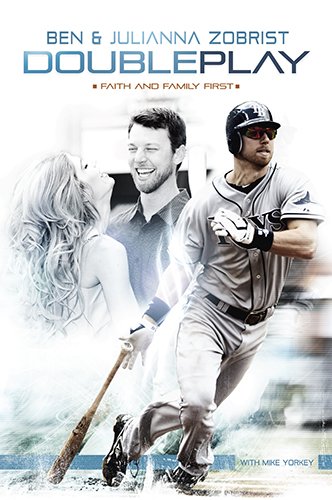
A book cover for Double Play; Ben Zobrist; Biographies & Memoirs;